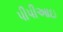
પીપીઆઇ